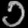
Digit: ၁